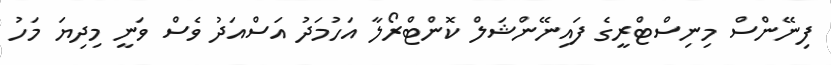
ފިނޭންސް މިނިސްޓްރީގެ ފައިނޭންޝަލް ކޮންޓްރޯލާ އަހުމަދު އަސްއަދު ވެސް ވަނީ މިދިޔަ މަހު